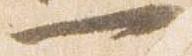
一